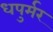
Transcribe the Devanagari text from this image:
धपुर्मर